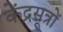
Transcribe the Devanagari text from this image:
केंद्रसूत्रों